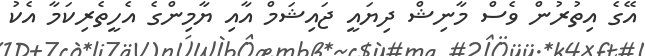
އޭގެ އިތުރުން ވެސް މާނިޝް ދިޔައީ ޖައިޝަމް އާއި ޔާމިންގެ އެހީތެރިކަމާ އެކު